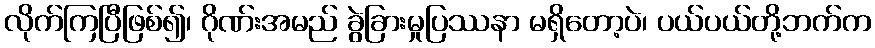
လိုက်ကြပြီဖြစ်၍၊ ဂိုဏ်းအမည် ခွဲခြားမှုပြဿနာ မရှိတော့ပဲ၊ ပယ်ပယ်တို့ဘက်က